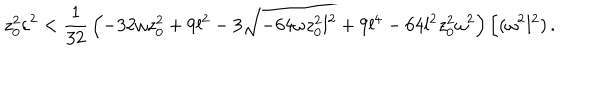
z _ { 0 } ^ { 2 } \varepsilon ^ { 2 } < { \frac { 1 } { 3 2 } } \left( - 3 2 \omega z _ { 0 } ^ { 2 } + 9 l ^ { 2 } - 3 \sqrt { - 6 4 \omega z _ { 0 } ^ { 2 } l ^ { 2 } + 9 l ^ { 4 } - 6 4 l ^ { 2 } z _ { 0 } ^ { 2 } \omega ^ { 2 } } \right) / ( \omega ^ { 2 } l ^ { 2 } ) \, .